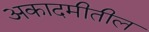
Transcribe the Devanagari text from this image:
अकादमीतील